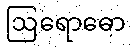
ဩရောဓော